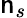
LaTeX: \mathsf{n}_{s}